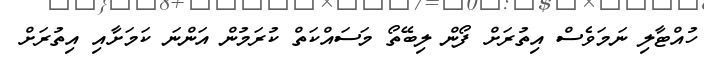
ހުއްޓާލި ނަމަވެސް އިތުރަށް ފޯން ލިބޭތޯ މަސައްކަތް ކުރަމުން އަންނަ ކަމަށާއި އިތުރަށް